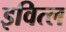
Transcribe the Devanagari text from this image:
इवित्ल